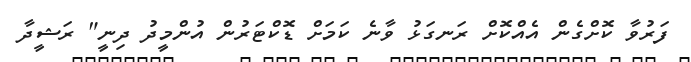
ފަރުވާ ކޮށްގެން އެއްކޮށް ރަނގަޅު ވާނެ ކަމަށް ޑޮކްޓަރުން އުންމީދު ދިނީ" ރަޝީދާ